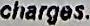
CHARGES.